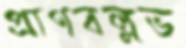
প্রাণবল্লভ